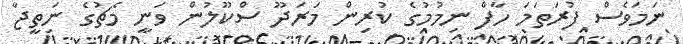
ނަމަވެސް ފުރަތަމަ ހާފް ނިމުމުގެ ކުރިން މަރަދޫ ސްކޫލުން ވަނީ މެޗުގެ ނަތީޖާ